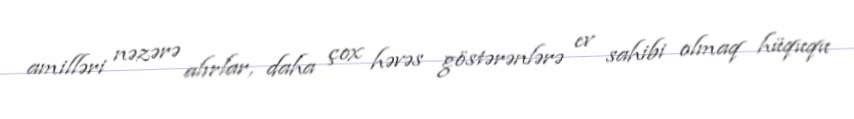
amilləri nəzərə alırlar, daha çox həvəs göstərənlərə ev sahibi olmaq hüququ